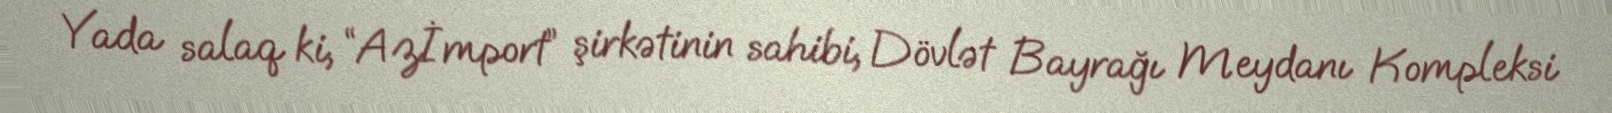
Yada salaq ki, “Azİmport” şirkətinin sahibi, Dövlət Bayrağı Meydanı Kompleksi